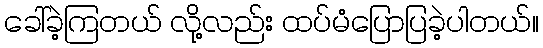
ခေါ်ခဲ့ကြတယ် လို့လည်း ထပ်မံပြောပြခဲ့ပါတယ်။